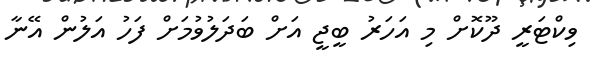
ވިކްޓަރީ ދޫކޮށް މި އަހަރު ބީޖީ އަށް ބަދަލުވުމަށް ފަހު އަލުން އޭނާ